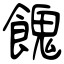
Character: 餽